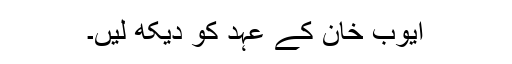
ایوب خان کے عہد کو دیکھ لیں۔